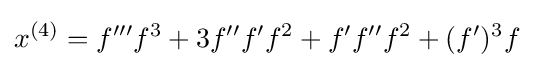
x^{(4)}=f^{\prime \prime \prime }f^{3}+3f^{\prime \prime }f^{\prime }f^{2}+f^{\prime }f^{\prime \prime }f^{2}+(f^{\prime })^{3}f